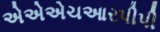
એએએચઆરપીપી